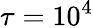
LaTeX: \tau=10^{4}